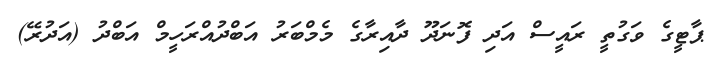
ޕާޓީގެ ވަގުތީ ރައީސް އަދި ފޮނަދޫ ދާއިރާގެ މެމްބަރު އަބްދުއްރަހީމް އަބްދު (އަދުރޭ)